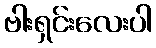
ဗါးရှင်းလေးပါ